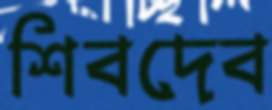
শিবদেব